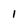
Character: I